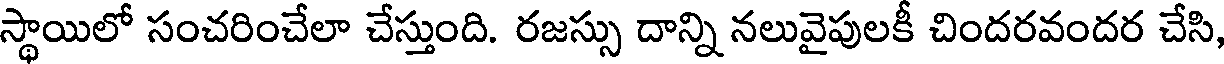
స్థాయిలో సంచరించేలా చేస్తుంది. రజస్సు దాన్ని నలువైపులకీ చిందరవందర చేసి,